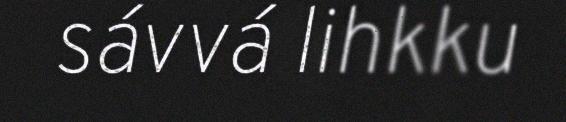
sávvá lihkku